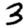
Digit: 3